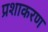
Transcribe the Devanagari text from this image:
प्रशाकरण